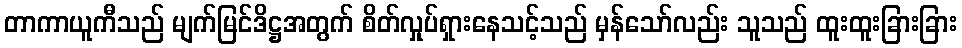
တာကာယူကီသည် မျက်မြင်ဒိဋ္ဌအတွက် စိတ်လှုပ်ရှားနေသင့်သည် မှန်သော်လည်း သူသည် ထူးထူးခြားခြား